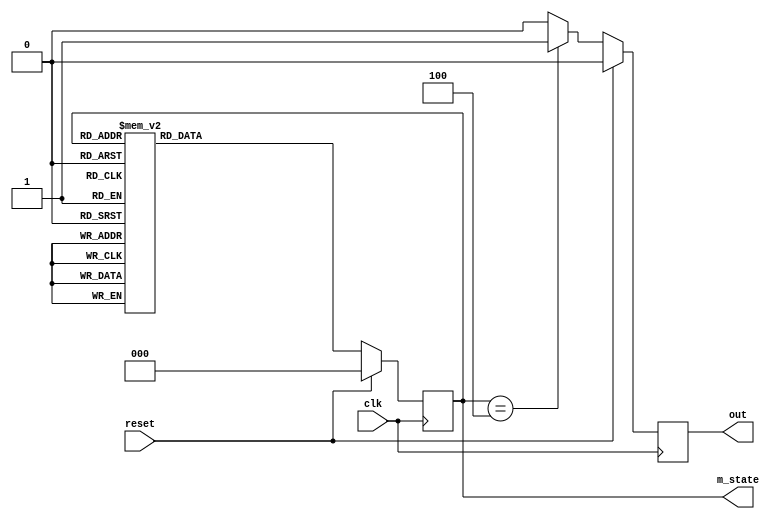
module gray_3bit #(
    parameter SIZE = 3,
    parameter S0 = 3'b000, S1 = 3'b001, S2 = 3'b011, S3 = 3'b010,
    parameter S4 = 3'b110, S5 = 3'b111, S6 = 3'b101, S7 = 3'b100
) (
    output reg out, output [SIZE-1:0] m_state, 
    input clk, reset
);
    
// **********Internal Variables***********
    reg [SIZE-1:0] state;

// ****************Code*******************

    // * Initializing at S0 (000)
    initial begin
        state <= S0;
    end

    assign m_state = state; // * (Main_State) m_state Wire that is always assigned the internal state of the FSM
    // * So that it may be accessed in the test bench if required

    always @(posedge clk) begin
        if (reset) begin
            state <= S0; // * Reset if needed
        end else begin
            case (state) // * Transitions
                S0 : state <= S1;
                S1 : state <= S2;
                S2 : state <= S3;
                S3 : state <= S4;
                S4 : state <= S5;
                S5 : state <= S6;
                S6 : state <= S7;
                S7 : state <= S0;
                default: state <= S0;
            endcase
        end
    end

    // * Code for output
    always @(posedge clk) begin
        if (reset) begin
            out <= 0;
        end else begin
            if (state == S7) begin
                out <= 1;
            end else begin
                out <= 0;
            end
        end
    end


endmodule